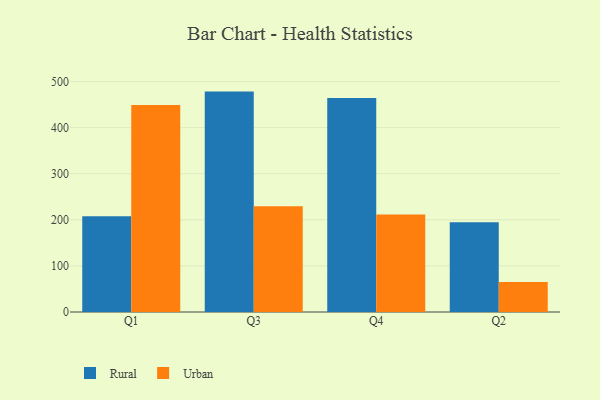
{"axis": {"x": "Quarter", "y": "Headcount"}, "legend": ["Rural", "Urban"], "data": [{"x": "Q1", "y": 208.0, "type": "Rural"}, {"x": "Q1", "y": 449.1, "type": "Urban"}, {"x": "Q3", "y": 478.2, "type": "Rural"}, {"x": "Q3", "y": 229.5, "type": "Urban"}, {"x": "Q4", "y": 464.5, "type": "Rural"}, {"x": "Q4", "y": 211.5, "type": "Urban"}, {"x": "Q2", "y": 194.6, "type": "Rural"}, {"x": "Q2", "y": 65.1, "type": "Urban"}]}